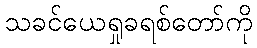
သခင်ယေရှုခရစ်တော်ကို